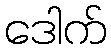
ဒေါက်